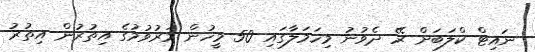
ނައިޓް ކްލަބަށް ރޭ ދެވުނު މިހަމަލާގައި 50 މީހުން މަރުވުމުގެ އިތުރުން އިތުރު